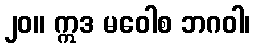
၂၀။ ဣဒ မဝေါစ ဘဂဝါ၊